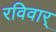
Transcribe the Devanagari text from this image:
रविवार्